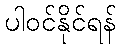
ပါဝင်နိုင်ရန်